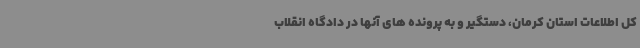
کل اطلاعات استان کرمان، دستگیر و به پرونده های آنها در دادگاه انقلاب